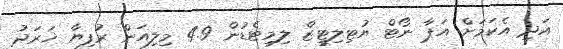
އަދި އެކަމަށް އަޕާ ނޯޓް ޔުޓިލިޓީޒް ލިމިޓެޑުން 4.9 މިލިއަން ރުފިޔާ ޚަރަދު